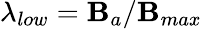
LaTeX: \lambda_{low}=\mathbf{B}_{a}/\mathbf{B}_{max}